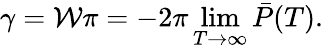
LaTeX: \gamma=\mathcal{W}\pi=-2\pi\operatorname*{lim}_{T\rightarrow\infty}\bar{P}(T).